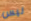
ليس